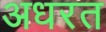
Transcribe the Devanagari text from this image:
अधरत